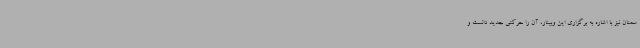
سمنان نیز با اشاره به برگزاری این وبینار، آن را حرکتی جدید دانست و